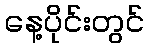
နေ့ပိုင်းတွင်